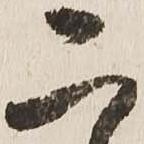
二